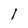
Character: l